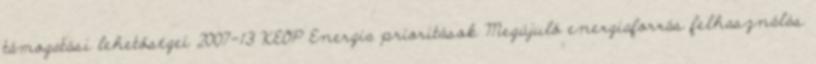
támogatási lehetőségei 2007-13 KEOP Energia prioritások Megújuló energiaforrás felhasználás